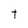
Character: t